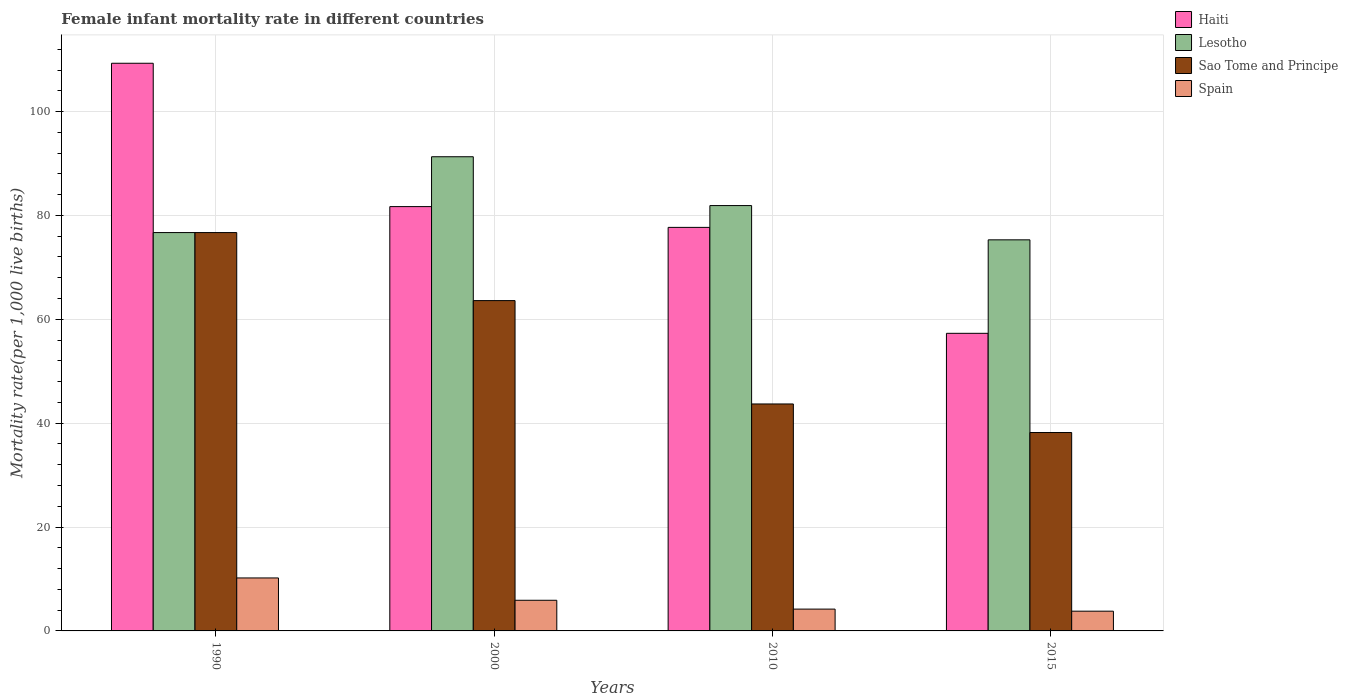
| Years | Haiti | Lesotho | Sao Tome and Principe | Spain |
 | --- | --- | --- | --- | --- |
 | 1990 | 109 | 76.7 | 76.7 | 10.2 |
 | 2000 | 81.7 | 91.3 | 63.6 | 5.9 |
 | 2010 | 77.7 | 81.9 | 43.7 | 4.2 |
 | 2015 | 57.3 | 75.3 | 38.2 | 3.8 |